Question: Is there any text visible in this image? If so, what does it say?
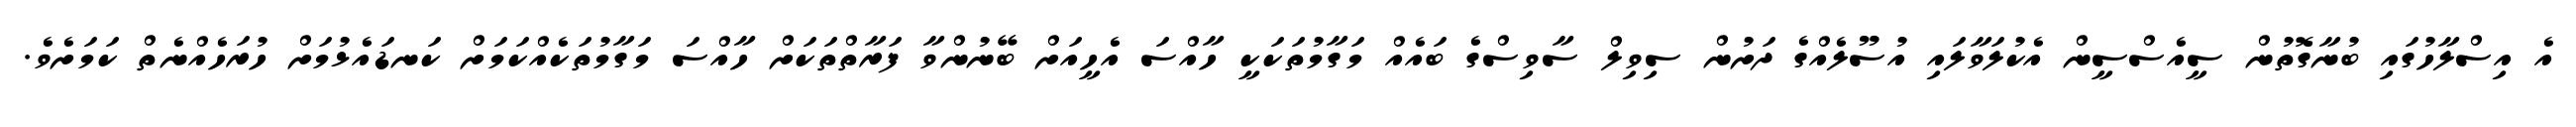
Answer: އެ އިސްލާހުގައި ބުނާގޮތުން ސީއެސްސީން އެކުލަވާލައި އުސޫލެއްގެ ދަށުން ސިވިލް ސާވިސްގެ ބައެއް މަގާމުތަކަކީ ހާއްސަ އެހީއަށް ބޭނުންވާ ފަރާތްތަކަށް ހާއްސަ މަގާމުތަކެއްކަމަށް ކަނޑައެޅުމަށް ހުރަހެއްނެތް ކަމަށެވެ.